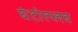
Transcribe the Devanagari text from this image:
घंटोत्प्लव